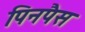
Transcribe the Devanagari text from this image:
पिनपैस